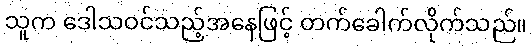
သူက ဒေါသဝင်သည့်အနေဖြင့် တက်ခေါက်လိုက်သည်။